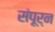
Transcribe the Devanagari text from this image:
संपूर्न